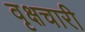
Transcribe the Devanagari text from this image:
वृक्षचारी